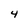
Character: 4